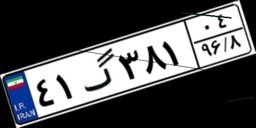
۴۱گ۳۸۱۰۴